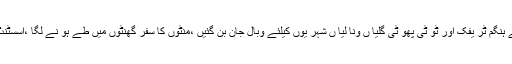
تلہ گنگ (نما ئندہ بول تلہ گنگ) تلہ گنگ شہر میں بے ہنگم ٹر یفک اور ٹو ٹی پھو ٹی گلیا ں ونا لیا ں شہر یوں کیلئے وبال جان بن گئیں ،منٹوں کا سفر گھنٹوں میں طے ہو نے لگا ،اسسٹنٹ کمشنر واصف رحمان سے نو ٹس لینے کا مطا لبہ ۔